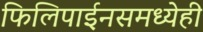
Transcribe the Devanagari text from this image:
फिलिपाईनसमध्येही